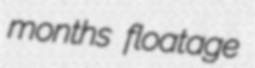
months floatage